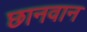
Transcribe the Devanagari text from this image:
छानवान